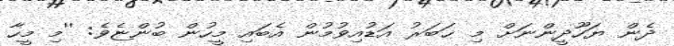
ދެން ޔަހޫދީންނަށް މި ޚަބަރު އަޑުއިވުމުން އެބައި މީހުން ބުންޏެވެ: ''މި މީހާ